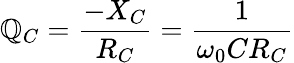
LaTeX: \mathbb{Q}_{C}={\frac{{-X_{C}}}{{R_{C}}}}={\frac{{1}}{{\omega_{0}CR_{C}}}}